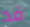
قد